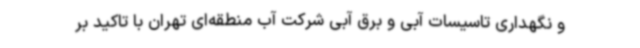
و نگهداری تاسیسات آبی و برق آبی شرکت آب منطقه‌ای تهران با تاکید بر